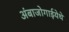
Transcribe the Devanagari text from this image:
अंबाजोगाईयेथे